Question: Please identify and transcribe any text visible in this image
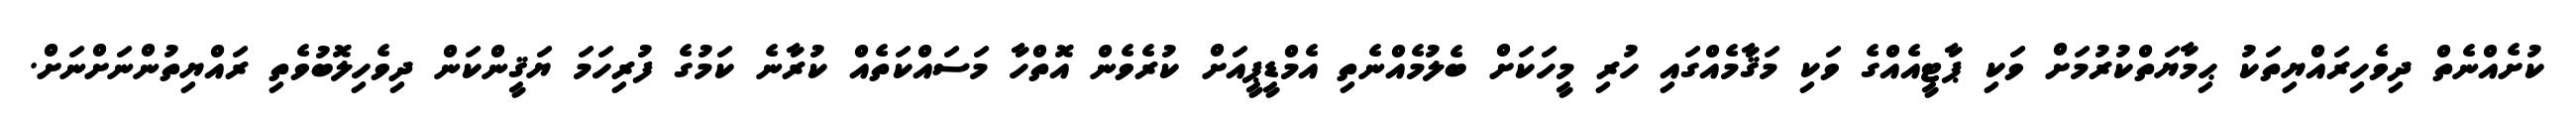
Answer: ކުށެއްނެތް ދިވެހިރައްޔިތަކު ޙިމާޔަތްކުރުމަށް ވަކި ޕާޓީއެއްގެ ވަކި މަޤާމެއްގައި ހުރި މީހަކަށް ބެލުމެއްނެތި އެމްޑީޕީއަށް ކުރެވެން އޮތްހާ މަސައްކަތެއް ކުރާނެ ކަމުގެ ފުރިހަމަ ޔަޤީންކަން ދިވެހިލޮބުވެތި ރައްޔިތުންނަށްނަށް.